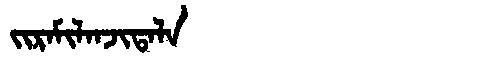
Manchu: ᠵᡳᡵᠠᠮᡳᠯᠠᠨᠵᡳᡨᠠᠯᠠ
Romanization: JIRAMILANJITALA